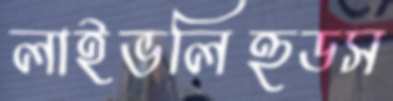
লাইভলিহুডস